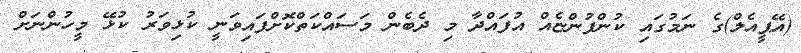
(އޭޕީއެލް)ގެ ނަމުގައި ކުންފުންޏެއް އުފައްދާ މި ދެބެން މަސައްކަތްކޮށްފައިވަނީ ކުޅިވަރު ކުޅޭ މީހުންނަށް